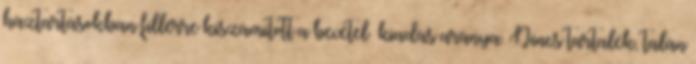
háztartásokban fillérre kiszámított a bevétel kiadás aránya. Nincs tartalék, talán